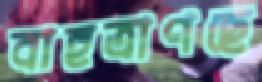
বাহুত্রাণছে